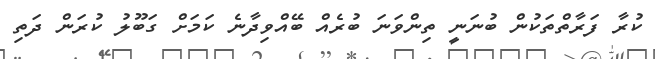
ކުރާ ފަރާތްތަކުން ބުނަނީ ތިންވަނަ ބުރެއް ބޭއްވިދާނެ ކަމަށް ގަބޫލު ކުރަން ދަތި